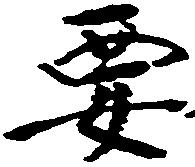
要